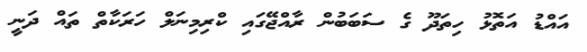
އައްޑު އަތޮޅު ހިތަދޫ ގެ ސަބަބުން ރާއްޖޭގައި ކްރިމިނަލް ހަރަކާތް ތައް ދަނީ